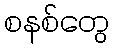
စနစ်တွေ